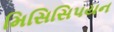
મિસિસિપયન